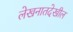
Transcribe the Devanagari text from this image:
लेखनातदेखील